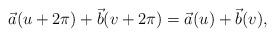
LaTeX: \begin{align*}\vec a(u+2\pi)+ \vec b(v+2\pi) = \vec a(u)+ \vec b(v),\end{align*}